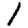
Digit: 1